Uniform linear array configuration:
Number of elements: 12
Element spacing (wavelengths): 0.5
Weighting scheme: kaiser
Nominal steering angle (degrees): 45
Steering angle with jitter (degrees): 43.394
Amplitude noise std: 0.05
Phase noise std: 0.05

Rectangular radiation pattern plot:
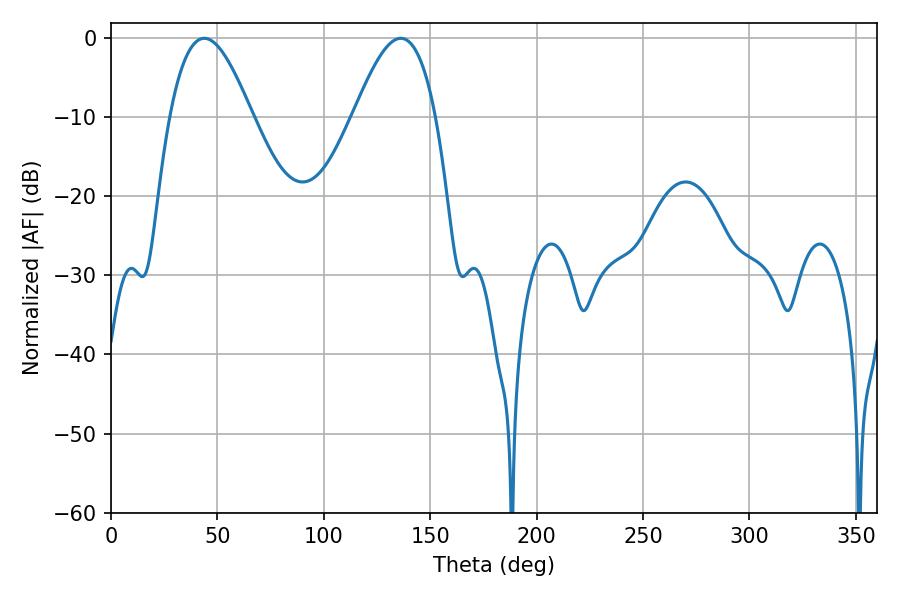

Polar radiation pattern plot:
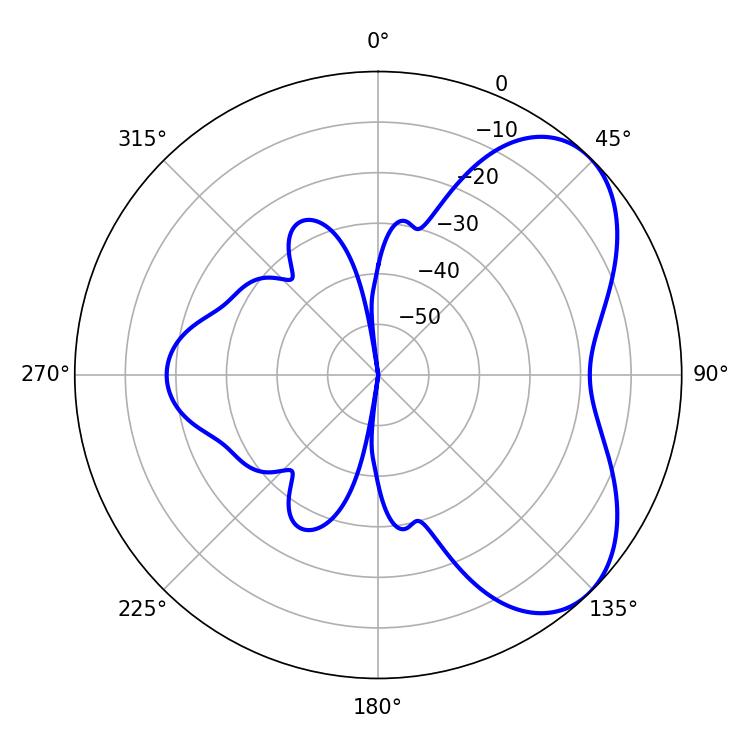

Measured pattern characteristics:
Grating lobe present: FALSE
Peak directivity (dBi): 5.48
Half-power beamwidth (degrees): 20.88
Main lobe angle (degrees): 43.74